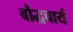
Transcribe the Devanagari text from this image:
बौद्धचार्य